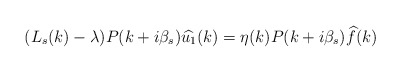
\begin{align*}(L_s(k)-\lambda)P(k+i\beta_s)\widehat{u_1}(k)=\eta(k)P(k+i\beta_s)\widehat{f}(k)\end{align*}